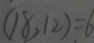
( 1 8 , 1 2 ) = 6